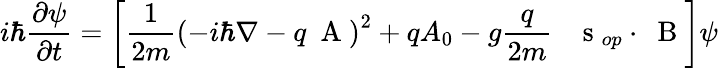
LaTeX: i\hbar\frac{\partial\psi}{\partial t}=\left[\frac{1}{2m}\left(-i\hbar\nabla-q\mathrm{~\mathbf~A~}\right)^{2}+qA_{0}-g\frac{q}{2m}\; \; \mathrm{~\mathbf~s~}_{op}\cdot\mathrm{~\mathbf~B~}\right]\psi